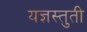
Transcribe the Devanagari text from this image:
यज्ञस्तुती